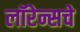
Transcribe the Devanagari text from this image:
लॉरेन्सचे